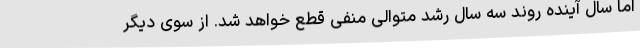
اما سال آینده روند سه سال رشد متوالی منفی قطع خواهد شد. از سوی دیگر